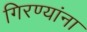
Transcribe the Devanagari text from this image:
गिरण्यांना